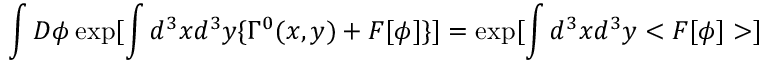
\int D \phi \exp [ \int d ^ { 3 } x d ^ { 3 } y \{ \Gamma ^ { 0 } ( x , y ) + F [ \phi ] \} ] = \exp [ \int d ^ { 3 } x d ^ { 3 } y < F [ \phi ] > ]